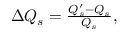
\begin{array} { r } { \Delta Q _ { s } = \frac { Q _ { s } ^ { \prime } - Q _ { s } } { Q _ { s } } , } \end{array}